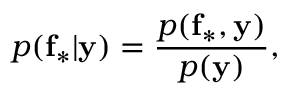
p ( \mathbf { f _ { * } } | \mathbf { y } ) = \frac { p ( \mathbf { f _ { * } } , \mathbf { y } ) } { p ( \mathbf { y } ) } ,